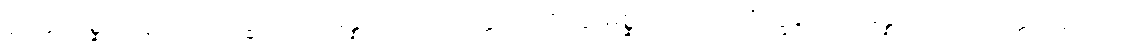
၃၀၄။ မိစ္ဆာဒိဋ္ဌိယာ ဘိက္ခဝေ သမန္နာဂတာ သတ္တာတိ ဧတ္ထ၊ မိစ္ဆာဒိဋ္ဌိယာ ဘိက္ခဝေ သမန္နာဂတာ သတ္တာဟူသော